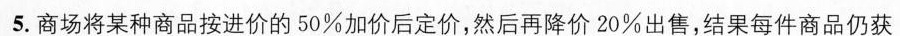
5.商场将某种商品按进价的50%加价后定价，然后再降价20%出售，结果每件商品仍获